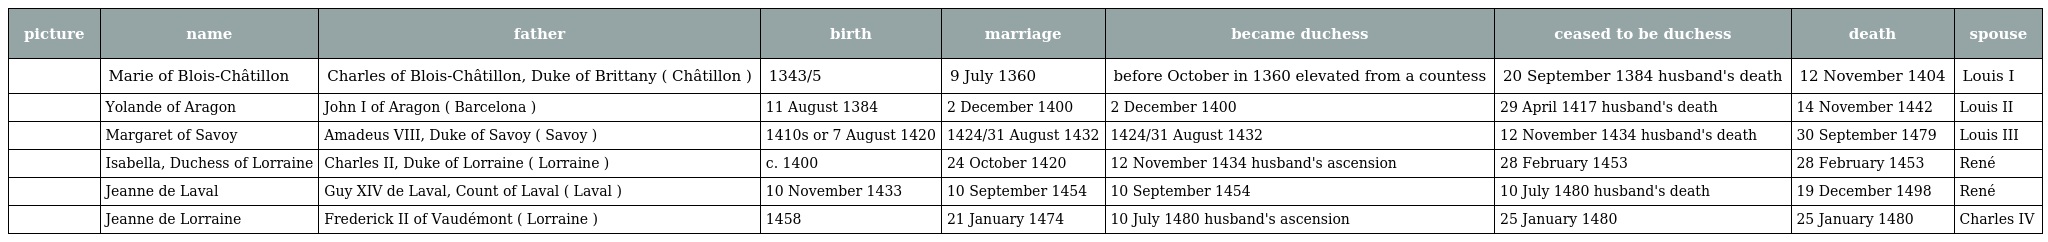
| picture | name | father | birth | marriage | became duchess | ceased to be duchess | death | spouse |
 | --- | --- | --- | --- | --- | --- | --- | --- | --- |
 |  | Marie of Blois-Châtillon | Charles of Blois-Châtillon, Duke of Brittany ( Châtillon ) | 1343/5 | 9 July 1360 | before October in 1360 elevated from a countess | 20 September 1384 husband's death | 12 November 1404 | Louis I |
 |  | Yolande of Aragon | John I of Aragon ( Barcelona ) | 11 August 1384 | 2 December 1400 | 2 December 1400 | 29 April 1417 husband's death | 14 November 1442 | Louis II |
 |  | Margaret of Savoy | Amadeus VIII, Duke of Savoy ( Savoy ) | 1410s or 7 August 1420 | 1424/31 August 1432 | 1424/31 August 1432 | 12 November 1434 husband's death | 30 September 1479 | Louis III |
 |  | Isabella, Duchess of Lorraine | Charles II, Duke of Lorraine ( Lorraine ) | c. 1400 | 24 October 1420 | 12 November 1434 husband's ascension | 28 February 1453 | 28 February 1453 | René |
 |  | Jeanne de Laval | Guy XIV de Laval, Count of Laval ( Laval ) | 10 November 1433 | 10 September 1454 | 10 September 1454 | 10 July 1480 husband's death | 19 December 1498 | René |
 |  | Jeanne de Lorraine | Frederick II of Vaudémont ( Lorraine ) | 1458 | 21 January 1474 | 10 July 1480 husband's ascension | 25 January 1480 | 25 January 1480 | Charles IV |